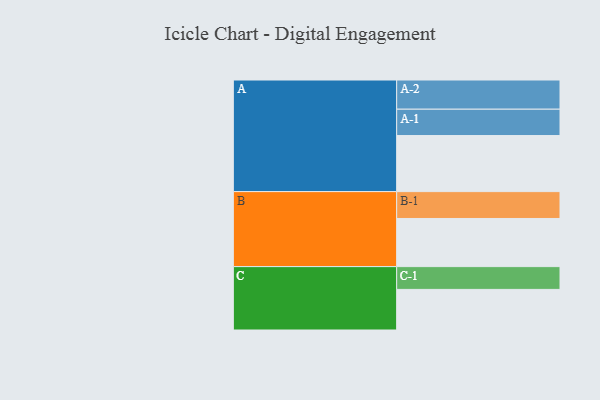
{"axis": {"x": "Segment", "y": "Value"}, "legend": ["", "A", "B", "C"], "data": [{"x": "A", "y": 551, "type": ""}, {"x": "B", "y": 473, "type": ""}, {"x": "C", "y": 399, "type": ""}, {"x": "A-1", "y": 259, "type": "A"}, {"x": "A-2", "y": 287, "type": "A"}, {"x": "B-1", "y": 264, "type": "B"}, {"x": "C-1", "y": 224, "type": "C"}]}